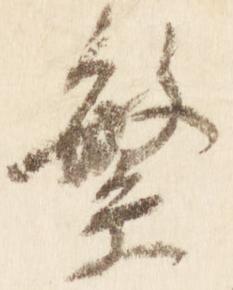
繁